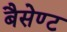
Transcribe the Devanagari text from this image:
बैसेण्ट